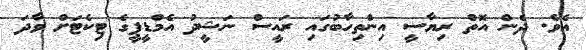
އެވެ. ދެން އޮތް ރިޔާސީ އިންތިހާބުގައި ރައީސް ނަޝީދު އެމްޑީޕީގެ ޓިކެޓަށް ވާދަ